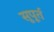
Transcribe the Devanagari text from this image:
सूपूर्त